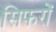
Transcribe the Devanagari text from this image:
सिफरों